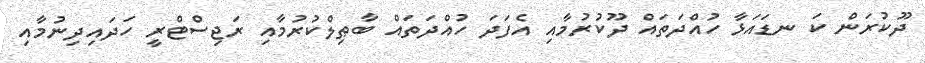
ދޫކުރަން ކަ ނޑައަޅާ ހުއްދަތައް ދޫކުރުމާއި އެފަދަ ހުއްދަތައް ބާޠިލްކުރުމާއި ރަޖިސްޓްރީ ހަދައިދިނުމާއި